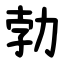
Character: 勃